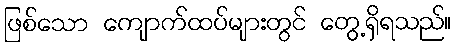
ဖြစ်သော ကျောက်ထပ်များတွင် တွေ့ရှိရသည်။